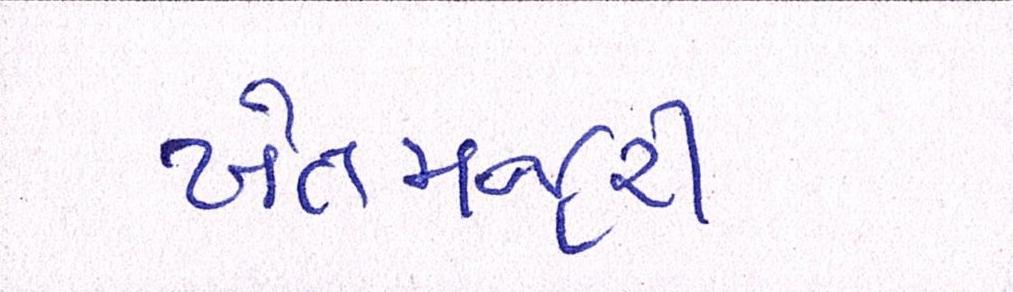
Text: ખેતમજુરી